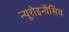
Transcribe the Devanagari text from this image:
न्यूरोइन्वैसिव